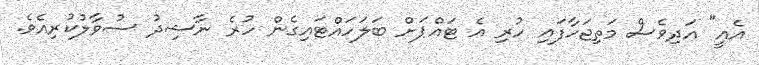
އެއީ" އަދިވެސް މަތިޖަހާފައި ހުރި އެ ޓައްޕަށް ބަލަހައްޓައިގެން ހުރެ ނާޝިދު ސުވާލުކުރިއެވެ.